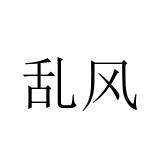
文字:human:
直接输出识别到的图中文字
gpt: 乱风